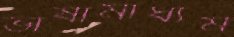
ভাষামাধ্যম